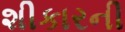
શીકારની